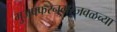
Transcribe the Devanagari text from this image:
मुजफ्फरनगरजवळच्या